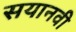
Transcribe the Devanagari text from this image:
सयानवी